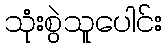
သုံးစွဲသူပေါင်း